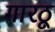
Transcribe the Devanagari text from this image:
गारठू